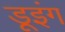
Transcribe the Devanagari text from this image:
डूइंग